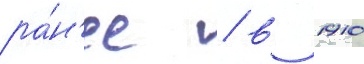
ра́н'ее / в 1910